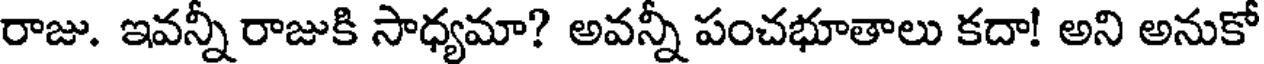
రాజు. ఇవన్నీ రాజుకి సాధ్యమా? అవన్నీ పంచభూతాలు కదా! అని అనుకో